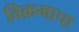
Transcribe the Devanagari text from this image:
विक्रमाचा